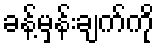
ခန့်မှန်းချက်ကို